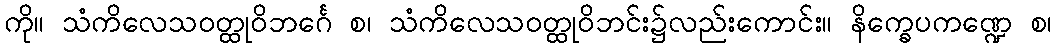
ကို။ သံကိလေသဝတ္ထုဝိဘင်္ဂေ စ၊ သံကိလေသဝတ္ထုဝိဘင်း၌လည်းကောင်း။ နိက္ခေပကဏ္ဍေ စ၊